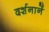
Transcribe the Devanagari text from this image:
दर्शनानें